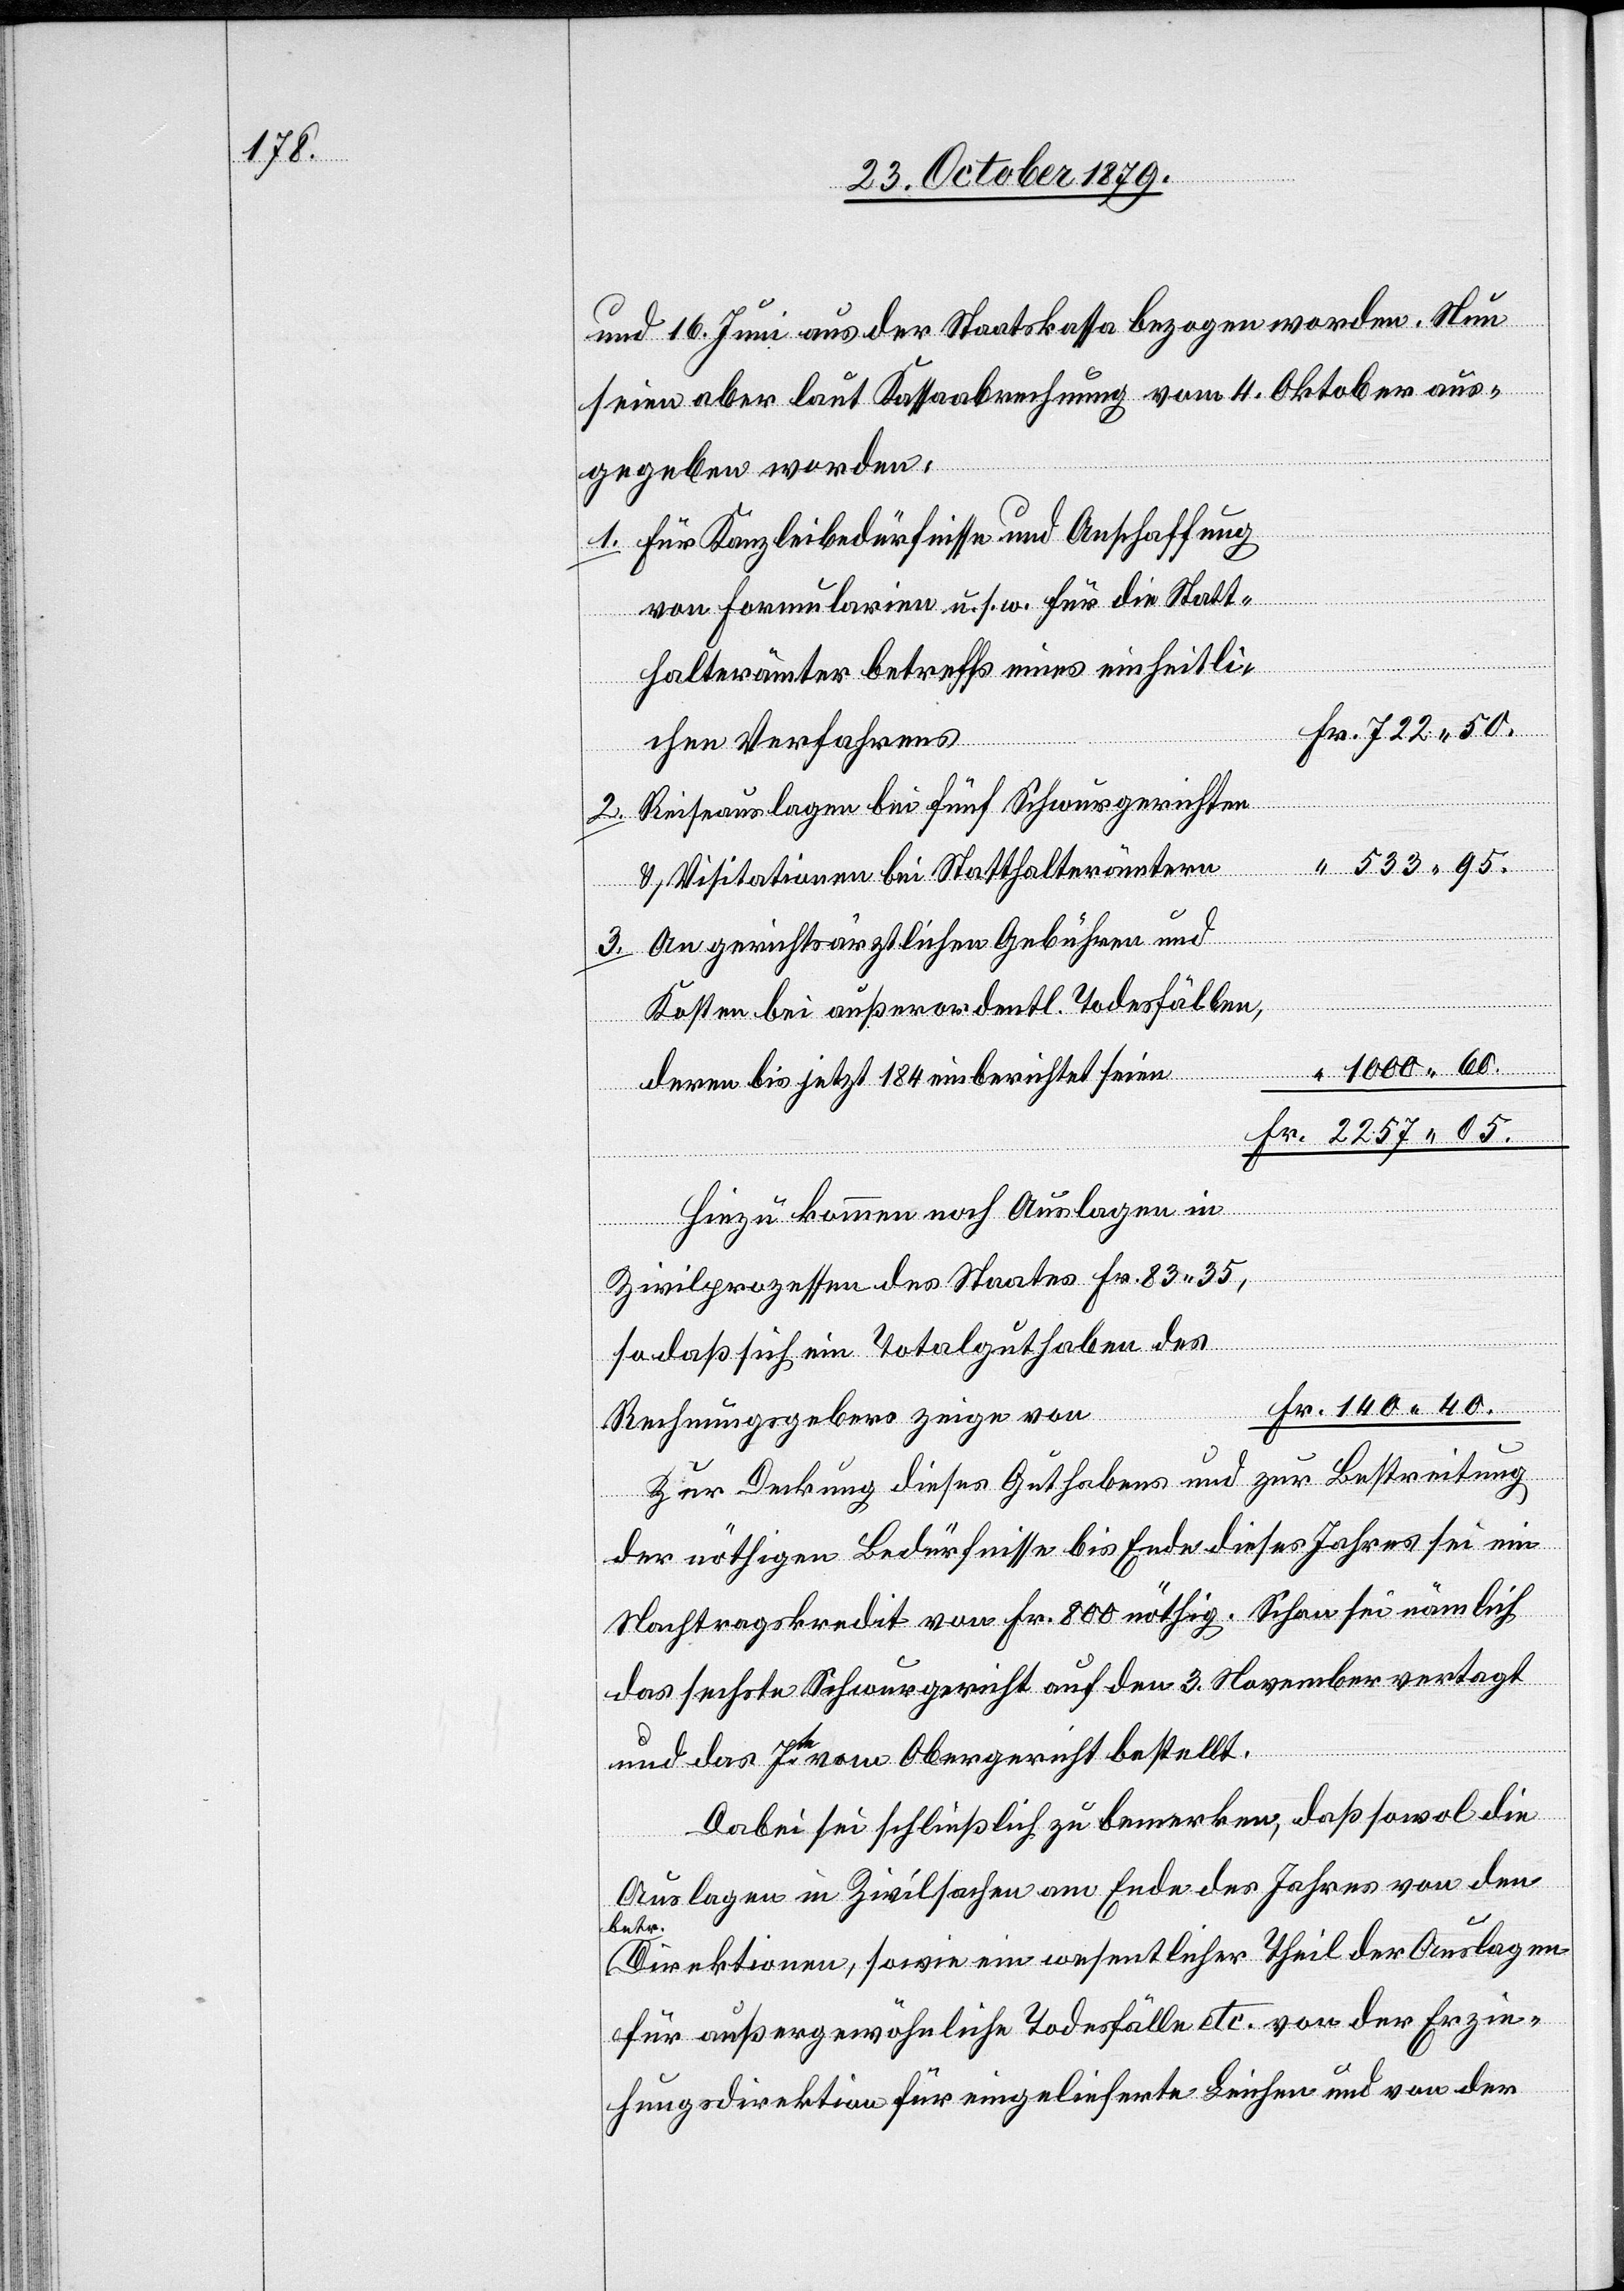
und 16. Juni aus der Staatskasse bezogen worden. Nun
seien aber laut Kassenberechnung vom 4. Oktober aus¬
gegeben worden:
2.
Für Kanzleibedürfnisse und Anschaffung
von Formularien u. s. w. für die Statt¬
halterämter betreffs eines einheitli¬
Fr. 722 50.
chen Verfahrens
Reiseauslagen bei fünf Schwurgerichten
“ 533 95.
& Visitationen bei Statthalterämtern
An gerichtsärztliche Gebühren und
Kosten bei außerordentlichen Todesfällen,
“ 1000 60.
deren bis jetzt 84 einberichtet seien
Fr. 2257 05.
Hinzu kommen noch Auslagen in
Zivilprozessen des Staates Fr. 83 35,
sodaß sich ein Totalguthaben des
Fr. 140 40.
Rechnungsgebers zeige von
Zur Deckung dieses Guthabens und zur Bestreitung
der nöthigen Bedürfnisse bis Ende dieses Jahres sei ein
Nachtragskredit von Fr. 800 nöthig. Schon sei nämlich
das sechste Schwurgericht auf den 3. November vertagt
und das 7te vom Obergericht bestellt.
Dabei sei schließlich zu bemerken, daß sowol die
Auslagen in Zivilsachen am Ende des Jahres von den
betr.
Direktionen, sowie ein wesentlicher Theil der Auslagen
für außergewöhnliche Todesfälle etc. von der Erzie¬
hungsdirektion für eingelieferte Leichen und von der